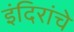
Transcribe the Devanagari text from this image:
इंदिरांचे